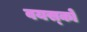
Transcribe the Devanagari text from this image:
वयस्‍कों